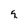
Character: q